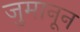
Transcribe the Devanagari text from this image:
जुमानून